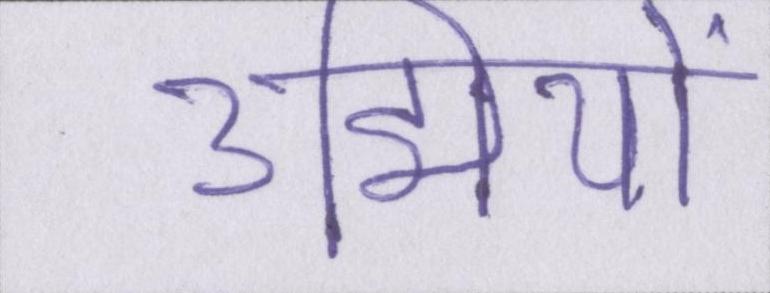
उद्मियों